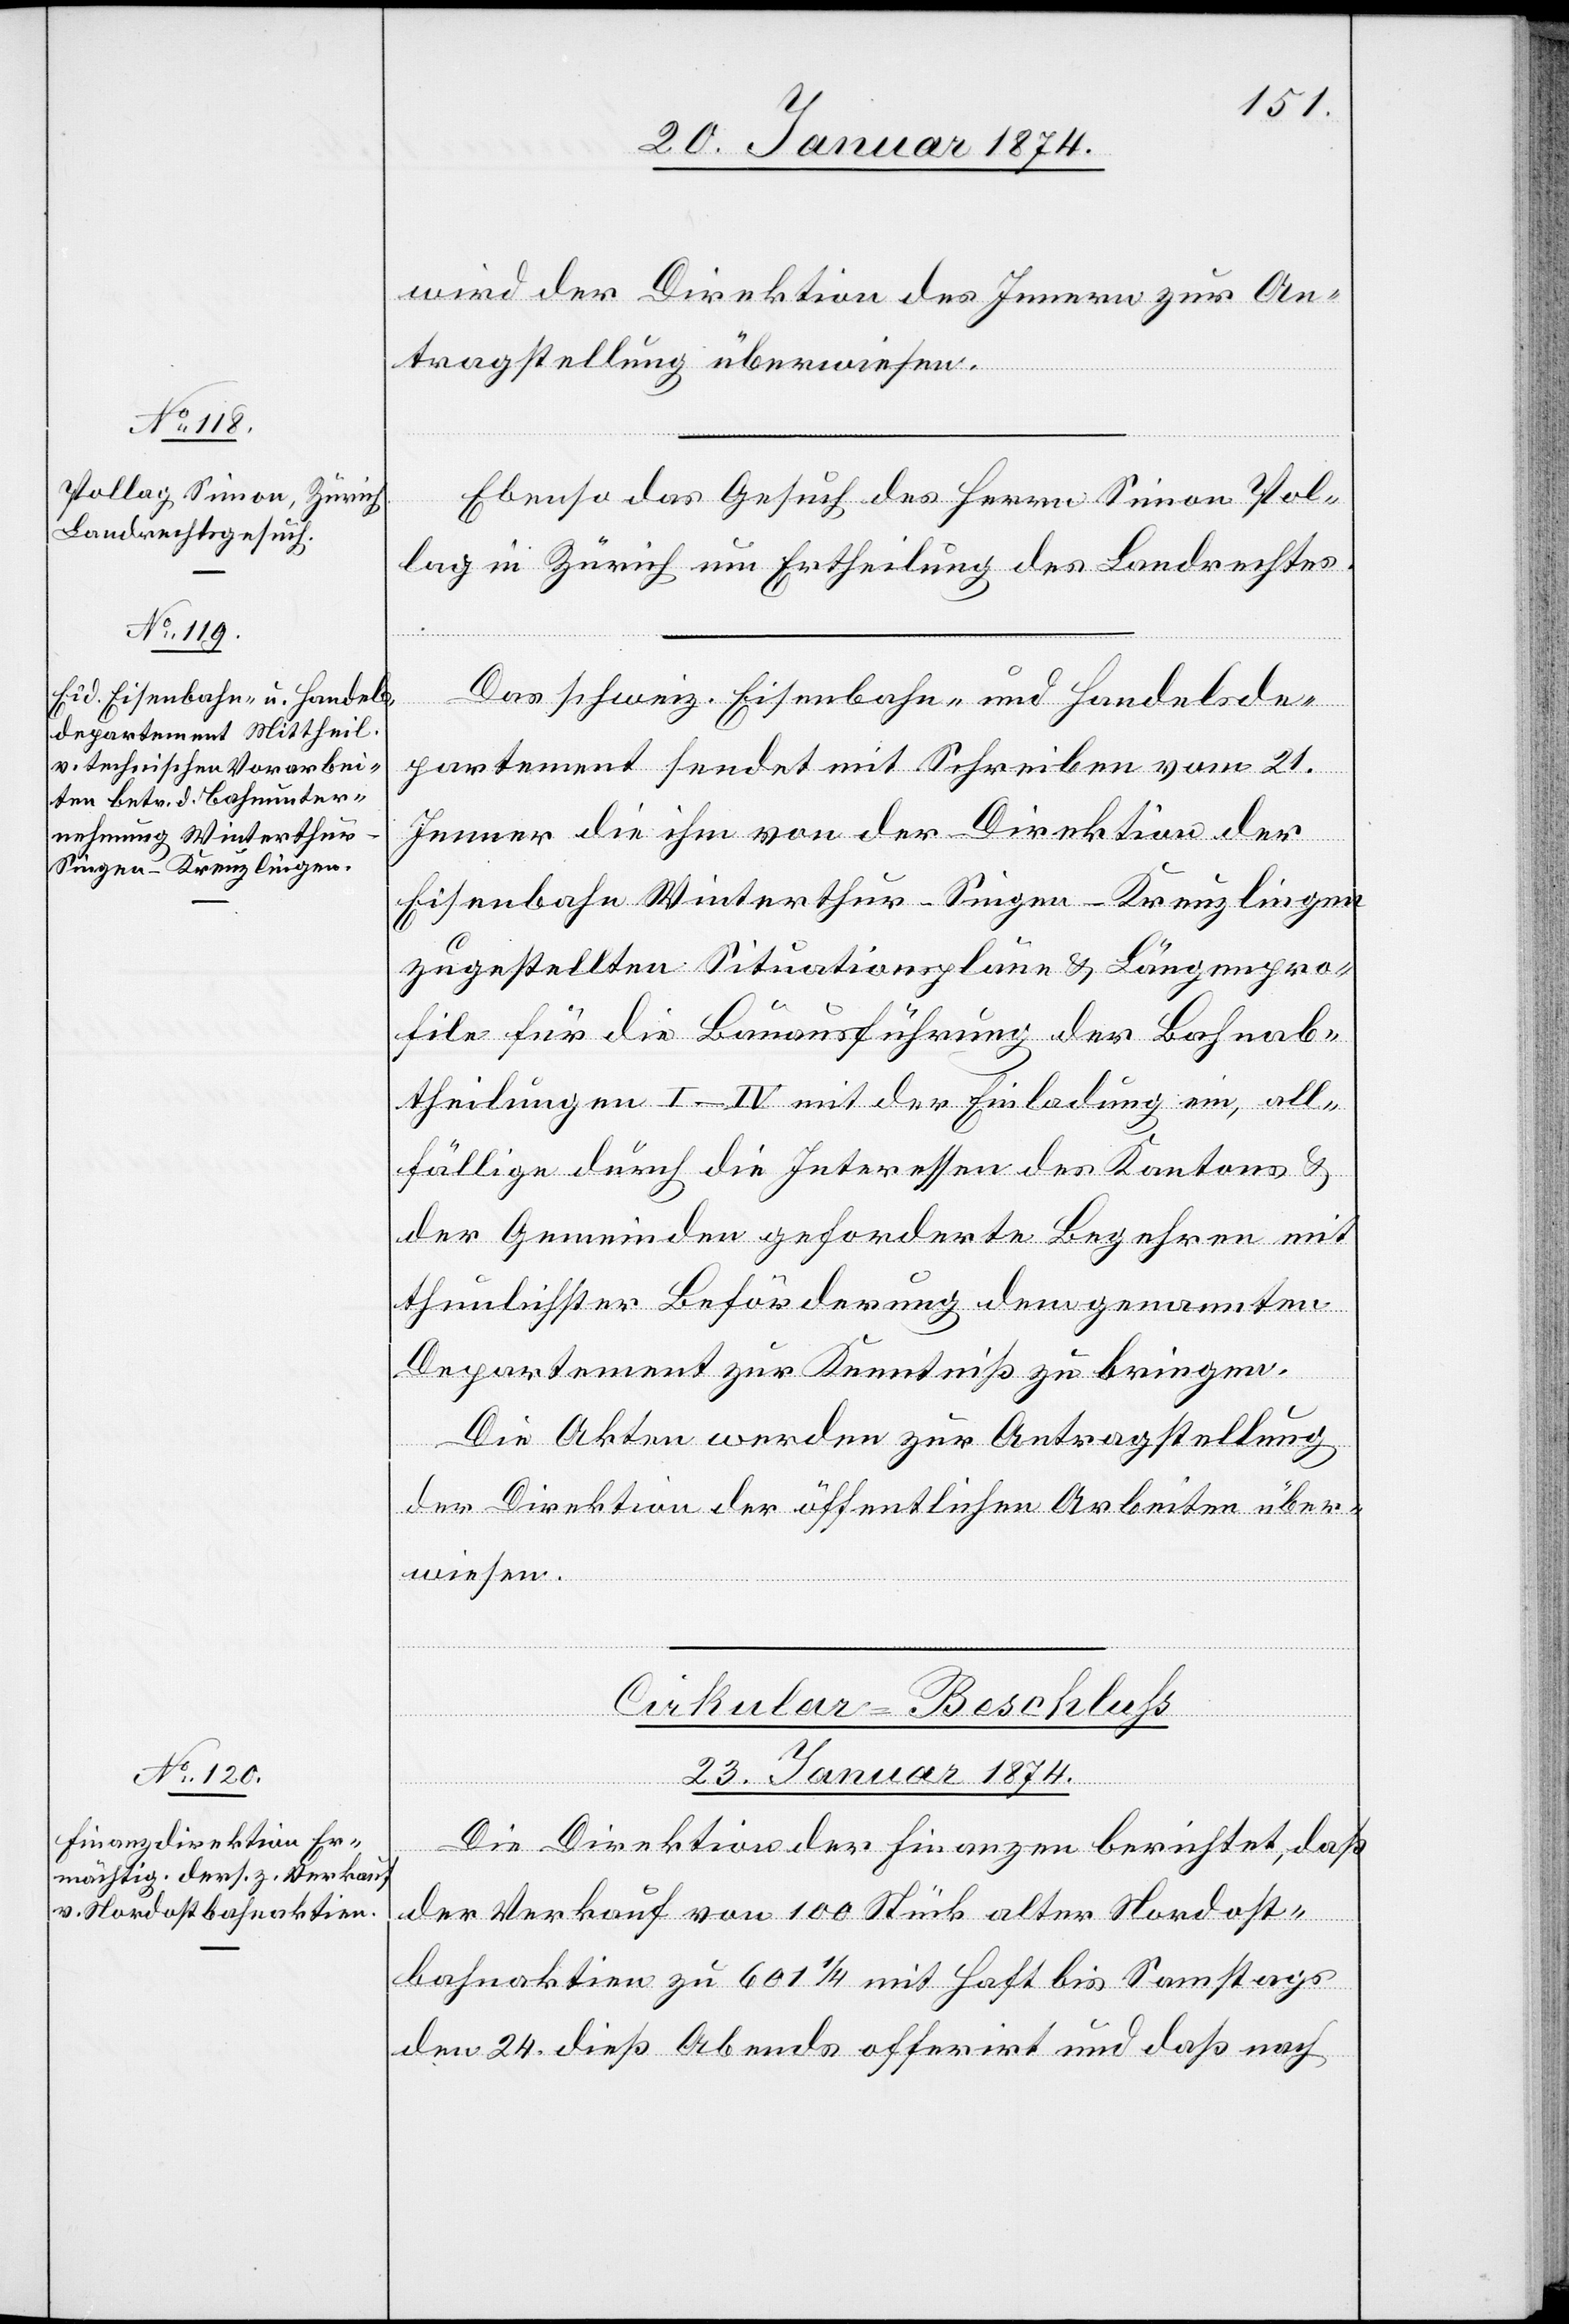
wird der Direktion des Innern zur An¬
tragstellung überwiesen.
Ebenso das Gesuch des Herrn Simon Pol¬
lag in Zürich um Ertheilung des Landrechtes.
Das schweiz. Eisenbahn- und Handelsde¬
partement sendet mit Schreiben vom 21.
Jenner die ihm von der Direktion der
Eisenbahn Winterthur-Singen-Kreuzlingen
zugestellten Situationspläne & Längenpro¬
file für die Bauausführung der Bahnab¬
theilungen I–IV mit der Einladung ein, all¬
fällige durch die Interessen des Kantons &
der Gemeinden geforderte Begehren mit
thunlichster Beförderung dem genannten
Departement zur Kenntniß zu bringen.
Die Akten werden zur Antragstellung
der Direktion der öffentlichen Arbeiten über¬
wiesen.
Cirkular-Beschluß
23. Januar 1874.
Die Direktion der Finanzen berichtet, daß
der Verkauf von 100 Stück alter Nordost¬
bahnaktien zu 601 1/4 mit Haft bis Samstags
den 24. dieß Abends offerirt und daß nach